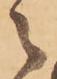
々